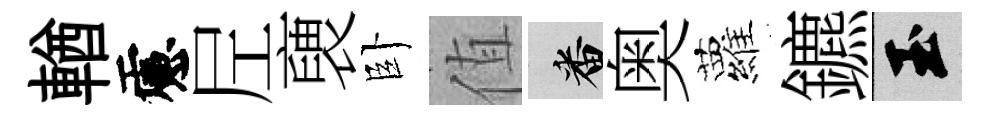
輶慮𡰱褏卧值番奥蘿鑣玉